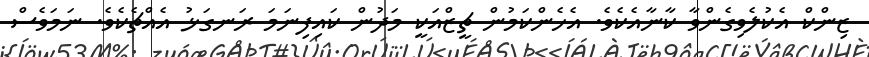
ޒިންކް އެކުލެވިގެންވާ ކާނާއެކެވެ. އެހެންކަމުން ޗީޒްއަކީ މަދުން ކައިފިނަމަ ރަނގަޅު އެއްޗެކެވެ. ނަމަވެސް